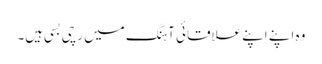
وہ اپنے اپنے علاقائی آہنگ میں رچی بسی ہیں۔